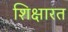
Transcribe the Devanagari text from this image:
शिक्षारत